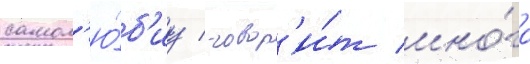
самол'ю́б'иу / говор'и́т мно́го